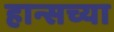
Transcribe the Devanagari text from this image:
हान्सच्या